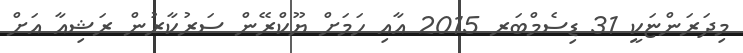
މިދަރަންޏަކީ 31 ޑިސެމްބަރ 2015 އާއި ހަމަށް ޔޫކްރޭން ސަރުކާރުން ރަޝިއާ އަށް